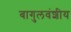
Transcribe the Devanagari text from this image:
बागुलवंशीय